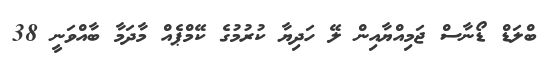
ބްލަޑް ޑޯނާސް ޖަމިއްޔާއިން ލޭ ހަދިޔާ ކުރުމުގެ ކޭމްޕެއް މާދަމާ ބާއްވަނީ 38